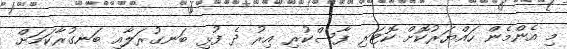
މި އެންމެން ހައްޔަރުކޮށް ކޮޓަރި ފާސްކުރި އިރު ދެ ފުޅި ބަނގުރަލާއި ބަނގުރާކަމަށް